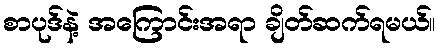
စာပုဒ်နဲ့ အကြောင်းအရာ ချိတ်ဆက်ရမယ်။